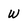
Character: w